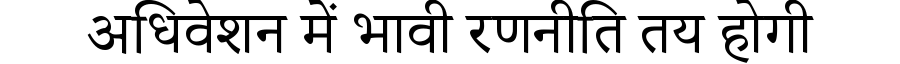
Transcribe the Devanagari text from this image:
अधिवेशन में भावी रणनीति तय होगी